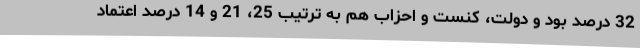
32 درصد بود و دولت، کنست و احزاب هم به ترتیب 25، 21 و 14 درصد اعتماد